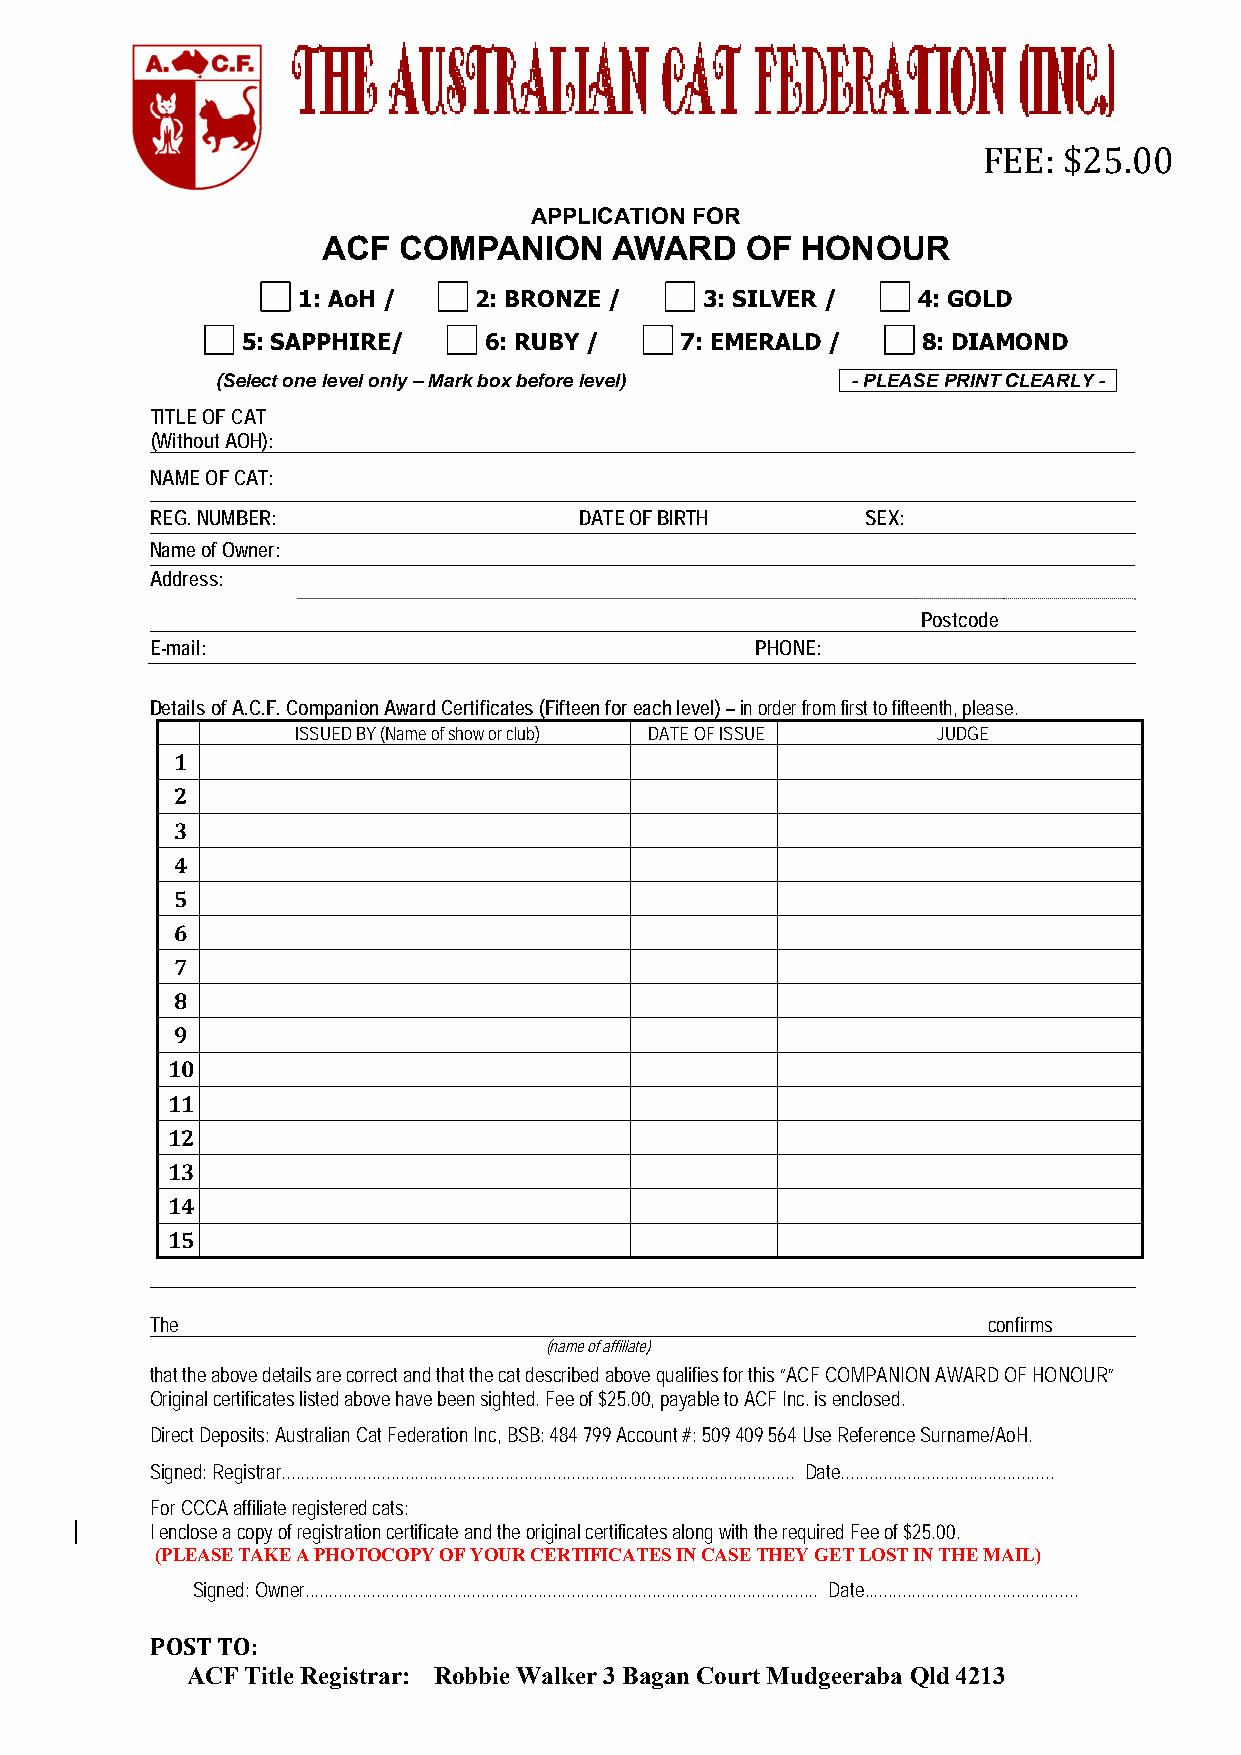
FEE: $25.00
 APPLICATION FOR
 ACF  COMPANION      AWARD   OF  HONOUR
 1: AoH /   2: BRONZE /    3: SILVER /    4: GOLD
 5: SAPPHIRE/    6: RUBY /    7: EMERALD /    8: DIAMOND
 (Select one level only – Mark box before level) - - PLEASE PRINT CLEARLY - -
 TITLE OF CAT
 (Without AOH):
 NAME OF CAT:
 REG. NUMBER:                DATE OF BIRTH      SEX:
 Name of Owner:
 Address:
 Postcode
 E-mail:                                 PHONE:
 Details of A.C.F. Companion Award Certificates (Fifteen for each level) – in order from first to fifteenth, please.
 ISSUED BY (Name of show or club) DATE OF ISSUE JUDGE
 1
 2
 3
 4
 5
 6
 7
 8
 9
 10
 11
 12
 13
 14
 15
 The                                                    confirms
 (name of affiliate)
 that the above details are correct and that the cat described above qualifies for this “ACF COMPANION AWARD OF HONOUR”
 Original certificates listed above have been sighted. Fee of $25.00, payable to ACF Inc. is enclosed.
 Direct Deposits: Australian Cat Federation Inc, BSB: 484 799 Account #: 509 409 564 Use Reference Surname/AoH.
 Signed: Registrar............................................................................................................ Date.............................................
 For CCCA affiliate registered cats:
 I enclose a copy of registration certificate and the original certificates along with the required Fee of $25.00.
 (PLEASE TAKE A PHOTOCOPY OF YOUR CERTIFICATES IN CASE THEY GET LOST IN THE MAIL)
 Signed: Owner............................................................................................................ Date.............................................
 POST TO:
 ACF Title Registrar: Robbie Walker 3 Bagan Court Mudgeeraba Qld 4213